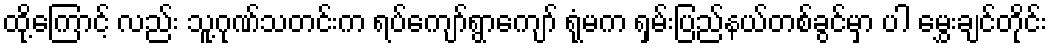
ထို့ကြောင့် လည်း သူ့ဂုဏ်သတင်းက ရပ်ကျော်ရွာကျော် ရုံမက ရှမ်းပြည်နယ်တစ်ခွင်မှာ ပါ မွှေးချင်တိုင်း